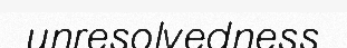
unresolvedness